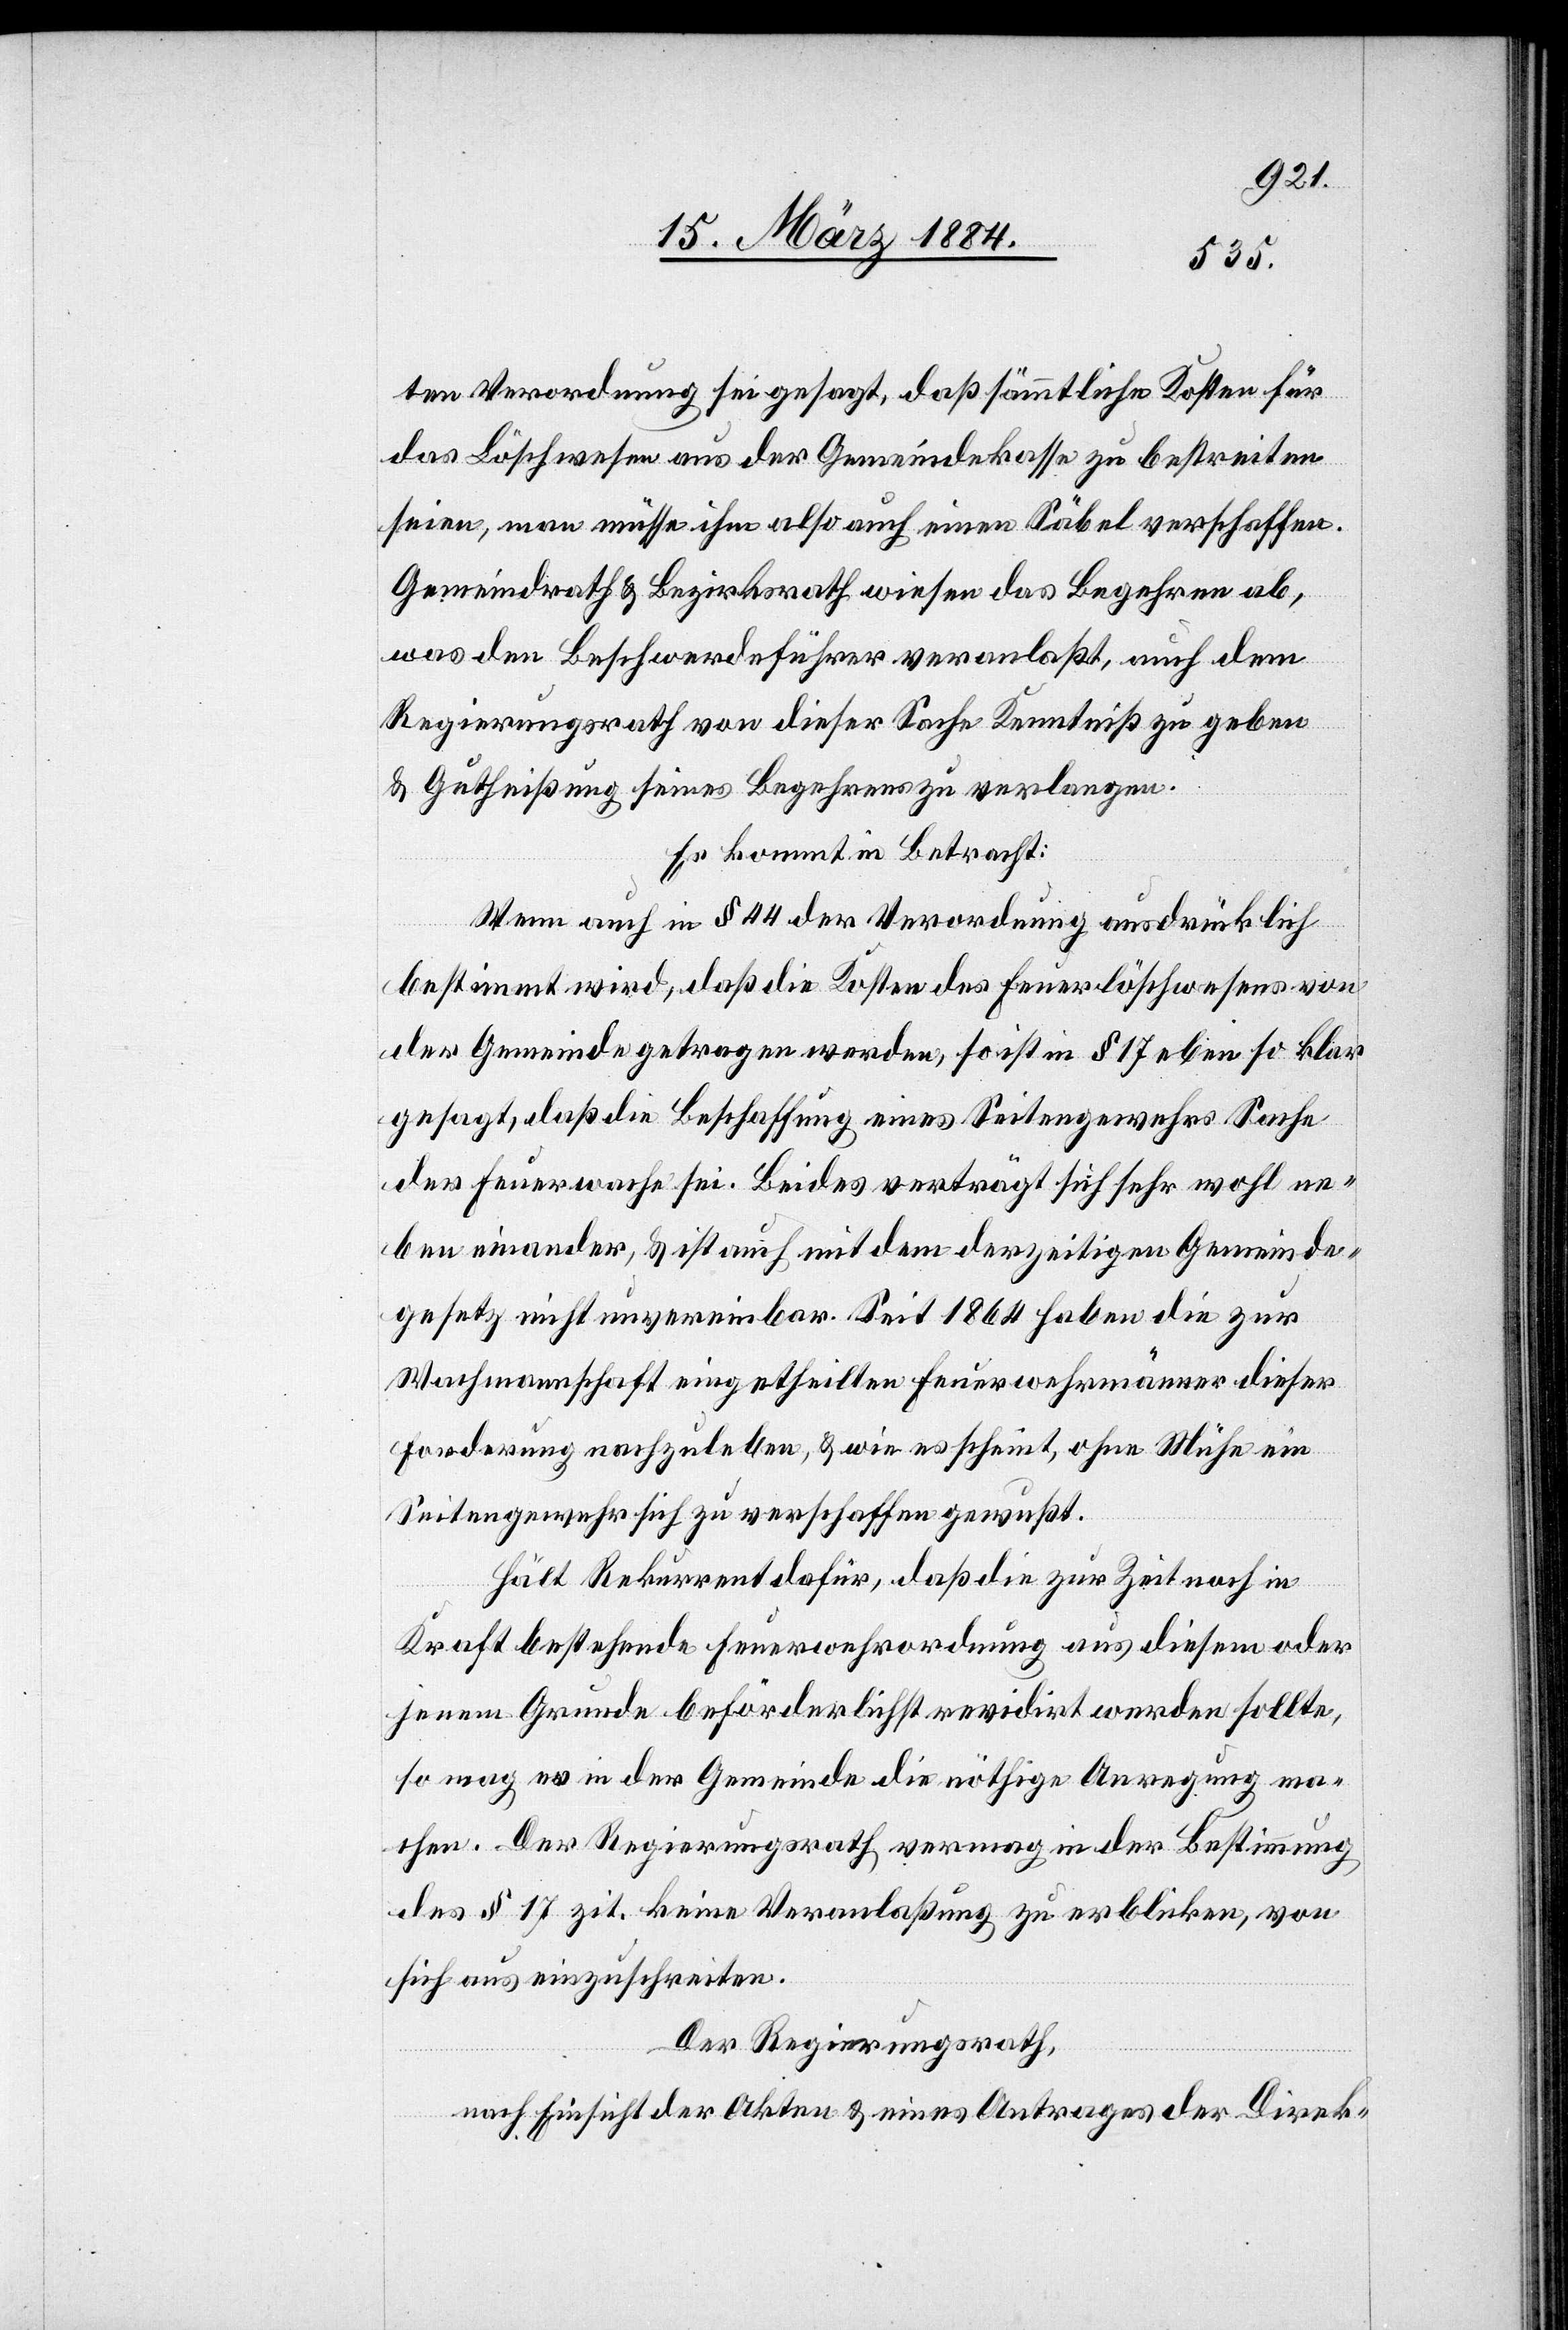
ten Verordnung sei gesagt, daß sämmtliche Kosten für
das Löschwesen aus der Gemeindekasse zu bestreiten
seien, man müsse ihm also auch einen Säbel verschaffen.
Gemeindrath & Bezirksrath wiesen das Begehren ab,
was den Beschwerdeführer veranlaßt, auch dem
Regierungsrath von dieser Sache Kenntniß zu geben
& Gutheißung seines Begehrens zu verlangen.
Es kommt in Betracht:
Wenn auch in § 44 der Verordnung ausdrücklich
bestimmt wird, daß die Kosten des Feuerlöschwesens von
der Gemeinde getragen werden, so ist in § 17 eben so klar
gesagt, daß die Beschaffung eines Seitengewehrs Sache
der Feuerwache sei. Beides verträgt sich sehr wohl ne¬
ben einander, & ist auch mit dem derzeitigen Gemeinde¬
gesetz nicht unvereinbar. Seit 1864 haben die zur
Wachmannschaft eingetheilten Feuerwehrmänner dieser
Forderung nachzuleben, & wie es scheint, ohne Mühe ein
Seitengewehr sich zu verschaffen gewußt.
Hält Rekurrent dafür, daß die zur Zeit noch in
Kraft bestehende Feuerwehrordnung aus diesem oder
jenem Grunde beförderlichst revidirt werden sollte,
so mag er in der Gemeinde die nöthige Anregung ma¬
chen. Der Regierungsrath vermag in der Bestimmung
des § 17 zit. keine Veranlaßung zu erblicken, von
sich aus einzuschreiten.
Der Regierungsrath,
nach Einsicht der Akten & eines Antrages der Direk-